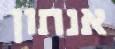
אנתון